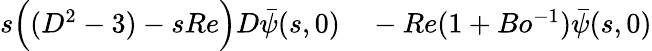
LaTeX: \begin{array}{rl}{s\Big((D^{2}-3)-sRe\Big)D\bar{\psi}(s,0)}&{{}-Re(1+Bo^{-1})\bar{\psi}(s,0)}\end{array}